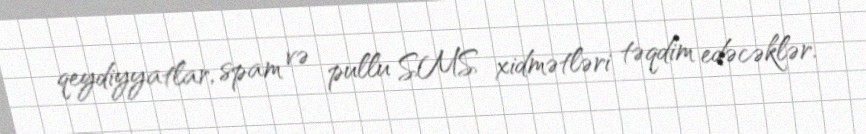
qeydiyyatlar, spam və pullu SMS xidmətləri təqdim edəcəklər.